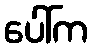
ပေါ်က